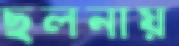
ছলনায়